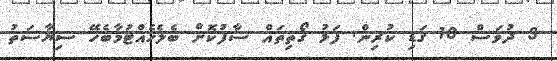
3 ދުވަސް 10 ގަޑި ކުރިން. ފަޅު ގޯތިތައް ސާފުކޮށް ބެލެހެއްޓުމާބެހޭ ސިޔާސަތު